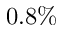
0 . 8 \%